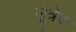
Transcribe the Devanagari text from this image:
लूत्रेक